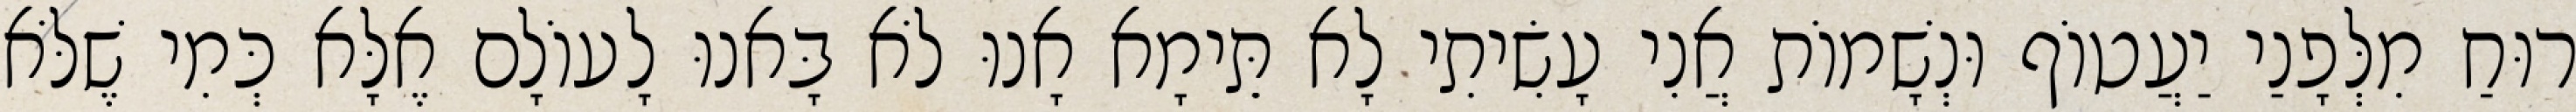
רוּחַ מִלְּפָנַי יַעֲטוֹף וּנְשָׁמוֹת אֲנִי עָשִׂיתִי לָא תֵּימָא אָנוּ לֹא בָּאנוּ לָעוֹלָם אֶלָּא כְּמִי שֶׁלֹּא